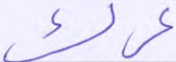
غرك